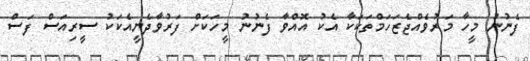
ފެނުނު މީހާ މަރުވެއްޖެޒަހަމްތަކަކާ އެކު އޮއްވާ ފެނުނު މީހަކަށް ފަރުވާދެނީއެކަކު ސީރިއަސް ފަސް